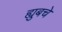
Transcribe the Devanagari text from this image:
ह्युबचे